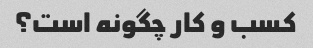
کسب و کار چگونه است؟